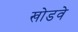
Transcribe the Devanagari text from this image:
खोडवे